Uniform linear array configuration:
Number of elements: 32
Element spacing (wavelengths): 0.25
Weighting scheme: kaiser
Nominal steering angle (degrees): -30
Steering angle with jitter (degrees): -30.14
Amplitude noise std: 0.05
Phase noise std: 0.05

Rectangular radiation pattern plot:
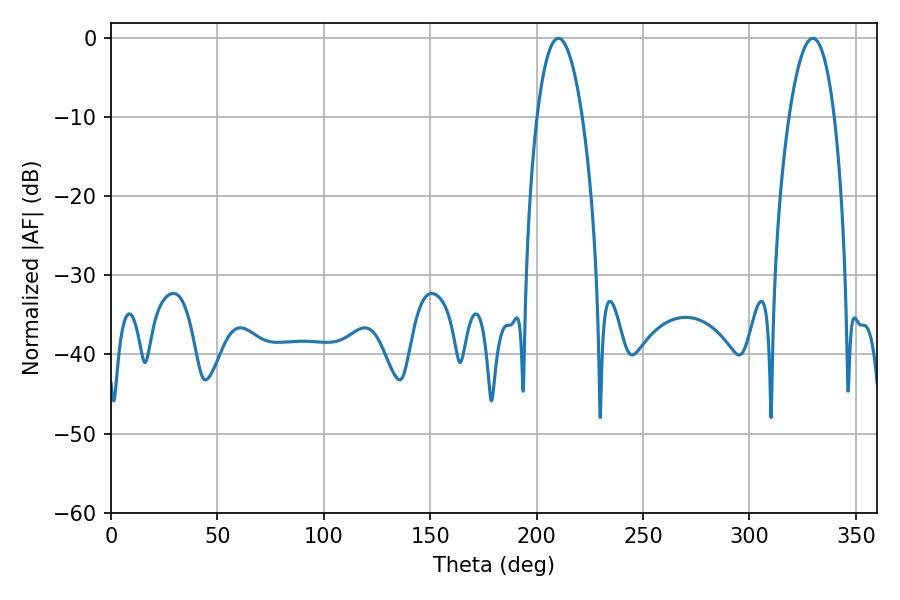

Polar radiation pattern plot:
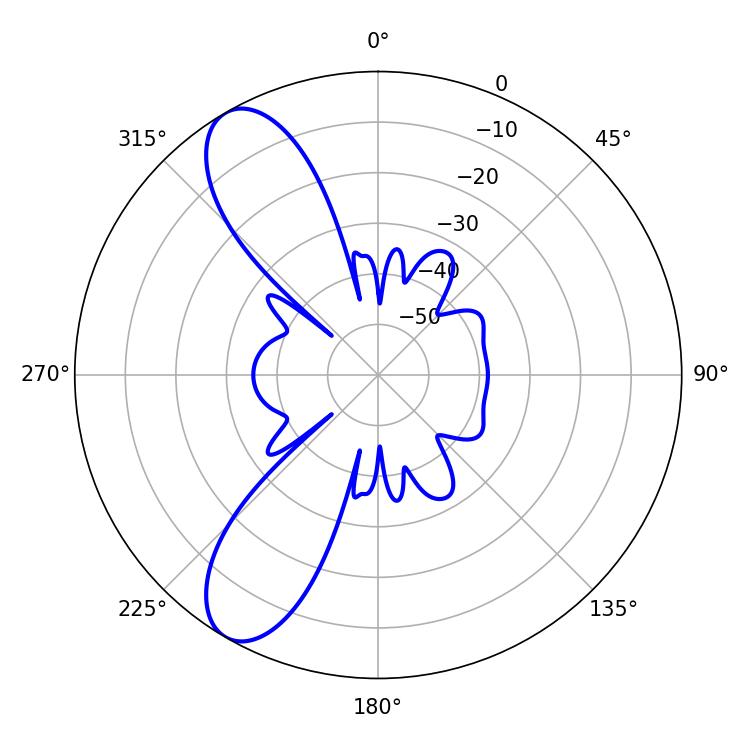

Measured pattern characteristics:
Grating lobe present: FALSE
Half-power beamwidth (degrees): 11.88
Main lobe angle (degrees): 210.24